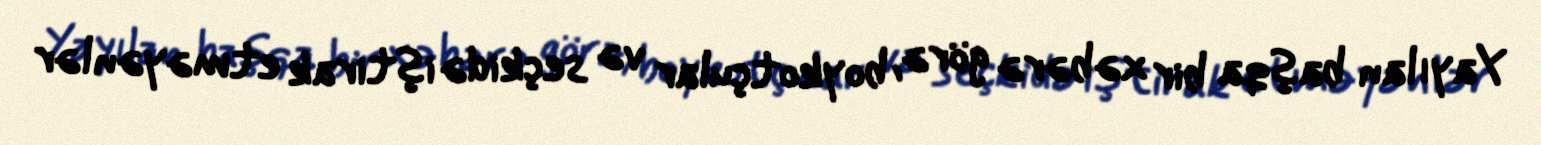
Yayılan başqa bir xəbərə görə, boykotçular və seçkidə iştirak etməyənlər